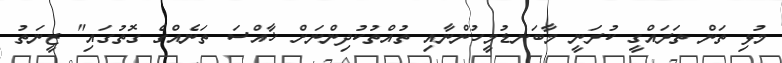
މުޅި ތަން ތަރައްގީ ކުރަނީ މާބަނޑުމީހުންނާއި ތުއްތުކުދިންނަށް ޚާއްސަ ތަނެއްގެ ގޮތުގައި" ޒީނަތު